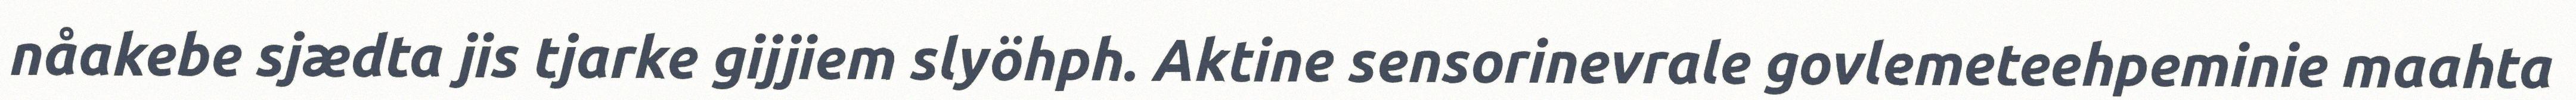
nåakebe sjædta jis tjarke gijjiem slyöhph. Aktine sensorinevrale govlemeteehpeminie maahta